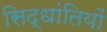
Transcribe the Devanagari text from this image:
सिद्धांतियों